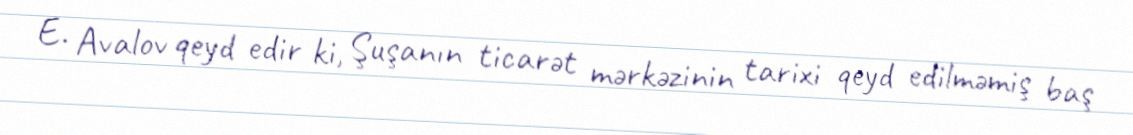
E. Avalov qeyd edir ki, Şuşanın ticarət mərkəzinin tarixi qeyd edilməmiş baş